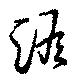
澹